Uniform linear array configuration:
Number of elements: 64
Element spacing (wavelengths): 0.75
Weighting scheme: hamming
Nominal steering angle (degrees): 30
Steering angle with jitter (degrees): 30.767
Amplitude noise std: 0.05
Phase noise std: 0.05

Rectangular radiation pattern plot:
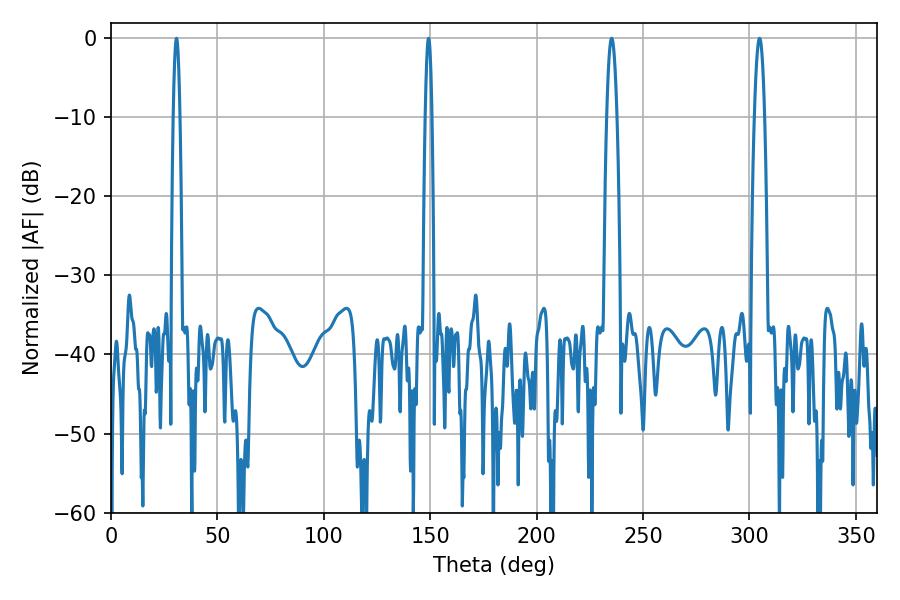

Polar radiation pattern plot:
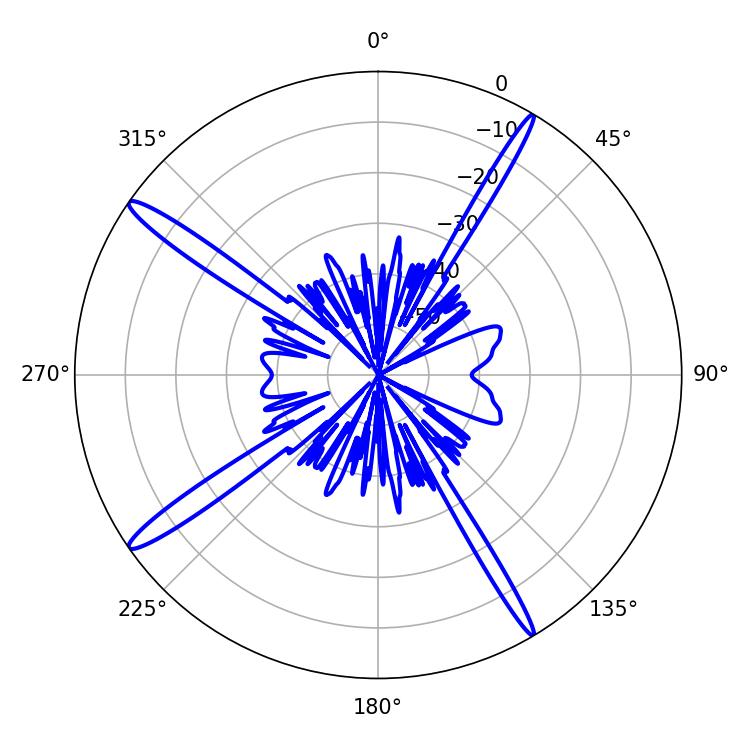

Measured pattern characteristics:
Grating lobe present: TRUE
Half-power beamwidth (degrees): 1.8
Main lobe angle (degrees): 30.78